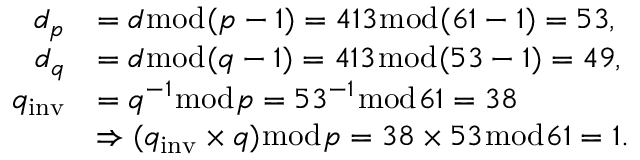
{ \begin{array} { r l } { d _ { p } } & { = d { \bmod { ( } } p - 1 ) = 4 1 3 { \bmod { ( } } 6 1 - 1 ) = 5 3 , } \\ { d _ { q } } & { = d { \bmod { ( } } q - 1 ) = 4 1 3 { \bmod { ( } } 5 3 - 1 ) = 4 9 , } \\ { q _ { \mathrm { i n v } } } & { = q ^ { - 1 } { \bmod { p } } = 5 3 ^ { - 1 } { \bmod { 6 } } 1 = 3 8 } \\ & { \Rightarrow ( q _ { \mathrm { i n v } } \times q ) { \bmod { p } } = 3 8 \times 5 3 { \bmod { 6 } } 1 = 1 . } \end{array} }